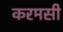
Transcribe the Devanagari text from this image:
करमसी